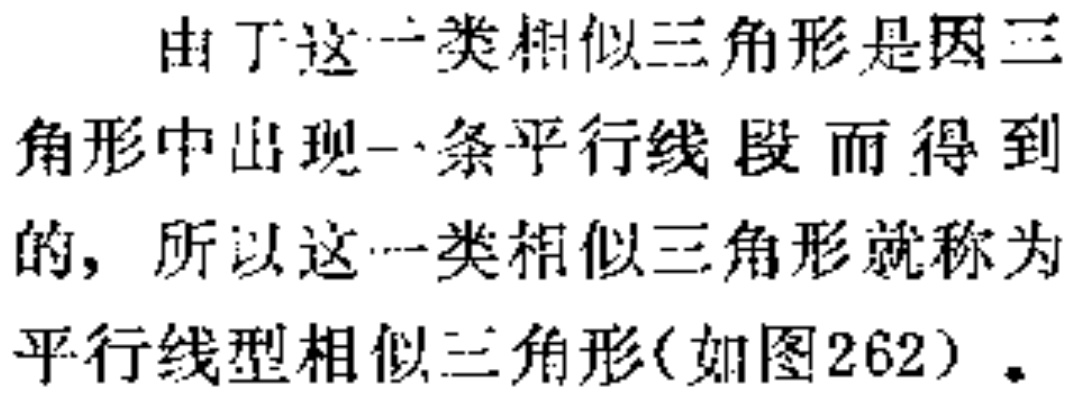
由于这一类相似三角形是因三角形中出现一条平行线段而得到的，所以这一类相似三角形就称为平行线型相似三角形(如图262)。